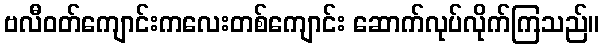
ဗလီဝတ်ကျောင်းကလေးတစ်ကျောင်း ဆောက်လုပ်လိုက်ကြသည်။